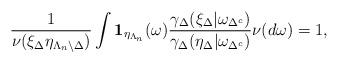
LaTeX: \begin{align*} \frac{1}{\nu(\xi_{\Delta}\eta_{\Lambda_n \setminus \Delta})} \int \mathbf{1}_{\eta_{\Lambda_n}}(\omega) \frac{\gamma_{\Delta}(\xi_{\Delta}|\omega_{\Delta^c})}{\gamma_{\Delta}(\eta_{\Delta}|\omega_{\Delta^c})} \nu(d\omega) = 1, \end{align*}